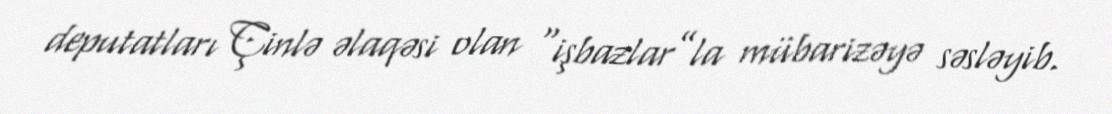
deputatları Çinlə əlaqəsi olan “işbazlar”la mübarizəyə səsləyib.